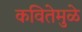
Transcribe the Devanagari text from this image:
कवितेमुळे